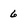
Character: 6